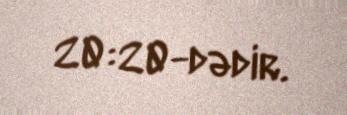
20:20-dədir.